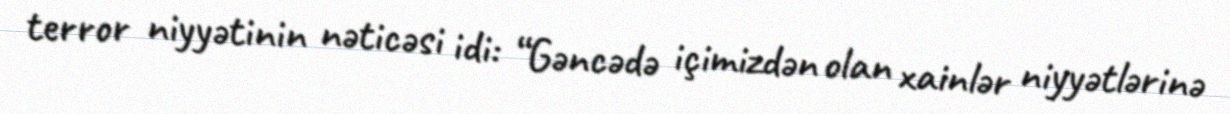
terror niyyətinin nəticəsi idi: “Gəncədə içimizdən olan xainlər niyyətlərinə